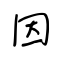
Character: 因